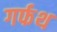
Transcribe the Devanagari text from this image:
गर्फथ